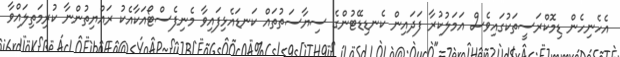
އެހެނިހެން ޑިމޮކްރަސީތަކުގައިވެސް އަމަލުކުރާ ފަދައިން ކެނޑިޑޭޓުންގެ ސިޔާސަތުތައް ކަނޑައެޅިފައިވާ މެނިފެސްޓޯއަކާއެކު ރައްޔިތުންނާ ކުރިމަތިލައްވާ